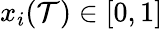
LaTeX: x_{i}(\mathcal{T})\in[0,1]